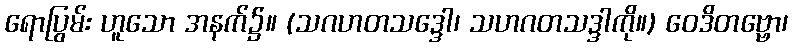
ရောပြွမ်း ဟူသော အနက်၌။ (သဂဟတသဒ္ဒေါ၊ သဟဂတသဒ္ဒါကို။) ဝေဒိတဗ္ဗော၊